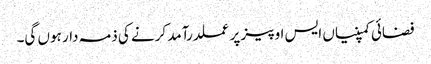
فضائی کمپنیاں ایس او پیز پر عملدرآمد کرنے کی ذمہ دار ہوں گی۔